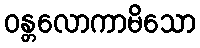
ဝန္တလောကာမိသော